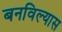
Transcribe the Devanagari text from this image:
बनविल्यास